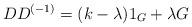
LaTeX: \begin{align*}DD^{(-1)} = (k-\lambda)1_{G} + \lambda G\end{align*}